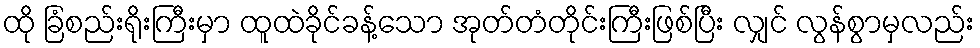
ထို ခြံစည်းရိုးကြီးမှာ ထူထဲခိုင်ခန့်သော အုတ်တံတိုင်းကြီးဖြစ်ပြီး လျှင် လွန်စွာမှလည်း